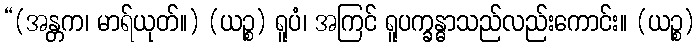
“(အန္တက၊ မာရ်ယုတ်။) (ယဉ္စ) ရူပံ၊ အကြင် ရူပက္ခန္ဓာသည်လည်းကောင်း။ (ယဉ္စ)